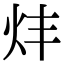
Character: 炐